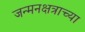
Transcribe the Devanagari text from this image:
जन्मनक्षत्राच्या